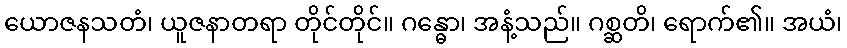
ယောဇနသတံ၊ ယူဇနာတရာ တိုင်တိုင်။ ဂန္ဓော၊ အနံ့သည်။ ဂစ္ဆတိ၊ ရောက်၏။ အယံ၊